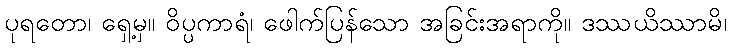
ပုရတော၊ ရှေ့မှ။ ဝိပ္ပကာရံ၊ ဖေါက်ပြန်သော အခြင်းအရာကို။ ဒဿယိဿာမိ၊